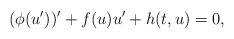
LaTeX: \begin{align*}(\phi(u'))'+f(u)u'+h(t,u)=0,\end{align*}